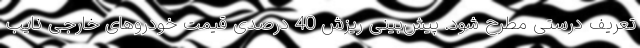
تعریف درستی مطرح شود. پیش‌بینی ریزش 40 درصدی قیمت خودروهای خارجی نایب